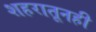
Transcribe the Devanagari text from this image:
शहरातूनही